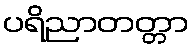
ပရိညာတတ္တာ